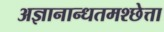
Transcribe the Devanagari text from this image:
अज्ञानान्धतमश्छेत्ता